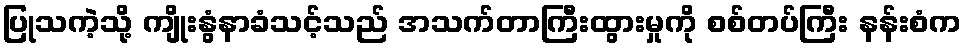
ပြုသကဲ့သို့ ကျိုးနွံနာခံသင့်သည် အသက်တာကြီးထွားမှုကို စစ်တပ်ကြီး နန်းစံက